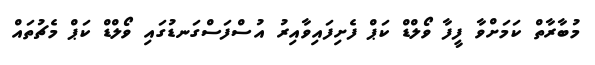
މުބާރާތް ކަމަށްވާ ފީފާ ވޯލްޑް ކަޕް ފެށިފައިވާއިރު އުސްފަސްގަނޑުގައި ވޯލްޑް ކަޕް މެޗުތައް